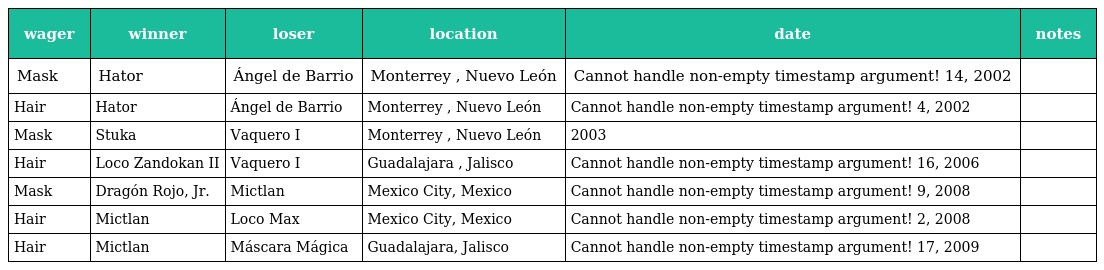
| wager | winner | loser | location | date | notes |
 | --- | --- | --- | --- | --- | --- |
 | Mask | Hator | Ángel de Barrio | Monterrey , Nuevo León | Cannot handle non-empty timestamp argument! 14, 2002 |  |
 | Hair | Hator | Ángel de Barrio | Monterrey , Nuevo León | Cannot handle non-empty timestamp argument! 4, 2002 |  |
 | Mask | Stuka | Vaquero I | Monterrey , Nuevo León | 2003 |  |
 | Hair | Loco Zandokan II | Vaquero I | Guadalajara , Jalisco | Cannot handle non-empty timestamp argument! 16, 2006 |  |
 | Mask | Dragón Rojo, Jr. | Mictlan | Mexico City, Mexico | Cannot handle non-empty timestamp argument! 9, 2008 |  |
 | Hair | Mictlan | Loco Max | Mexico City, Mexico | Cannot handle non-empty timestamp argument! 2, 2008 |  |
 | Hair | Mictlan | Máscara Mágica | Guadalajara, Jalisco | Cannot handle non-empty timestamp argument! 17, 2009 |  |